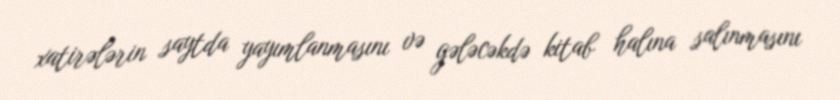
xatirələrin saytda yayımlanmasını və gələcəkdə kitab halına salınmasını